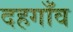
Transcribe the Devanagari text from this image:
दहगाँव